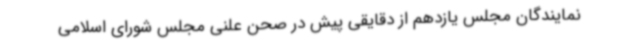
نمایندگان مجلس یازدهم از دقایقی پیش در صحن علنی مجلس شورای اسلامی